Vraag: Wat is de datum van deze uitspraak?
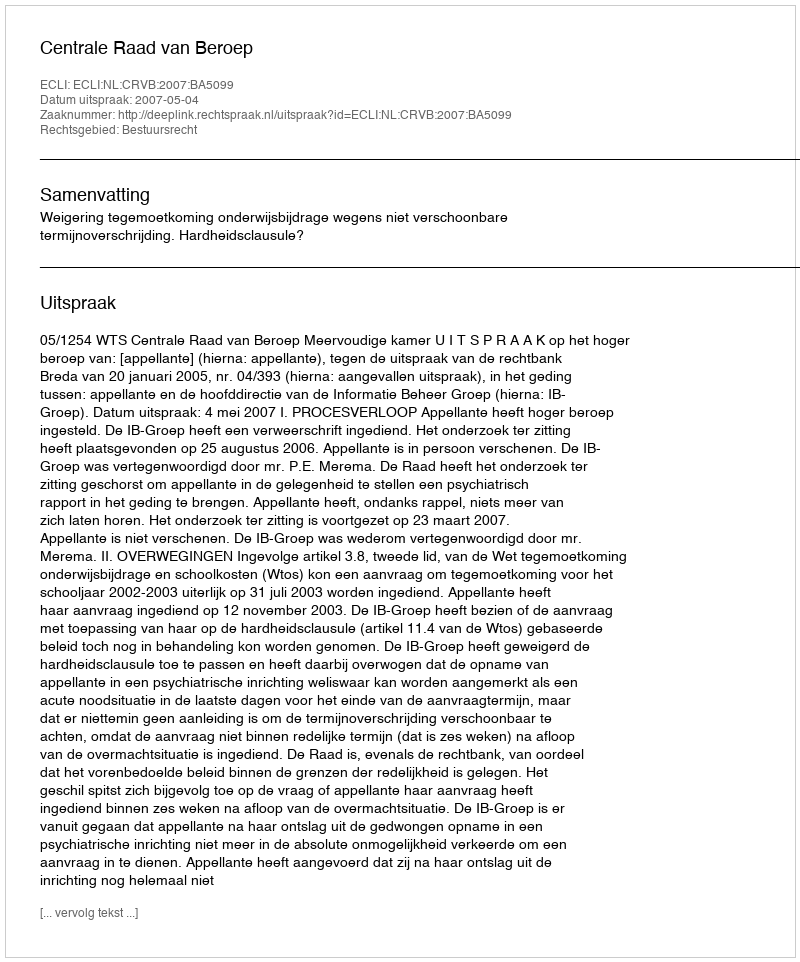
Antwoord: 2007-05-04